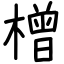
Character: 橧